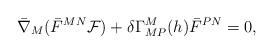
LaTeX: \begin{align*}\bar \nabla_M ( \bar F^{MN} {\cal F} ) +\delta \Gamma^M_{MP} (h) \bar F^{PN} =0,\end{align*}